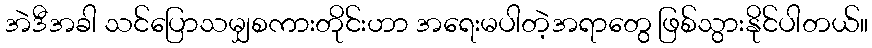
အဲဒီအခါ သင်ပြောသမျှစကားတိုင်းဟာ အရေးမပါတဲ့အရာတွေ ဖြစ်သွားနိုင်ပါတယ်။